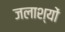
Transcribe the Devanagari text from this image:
जलाश्यों